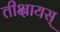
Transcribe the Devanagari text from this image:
तीक्षायस्